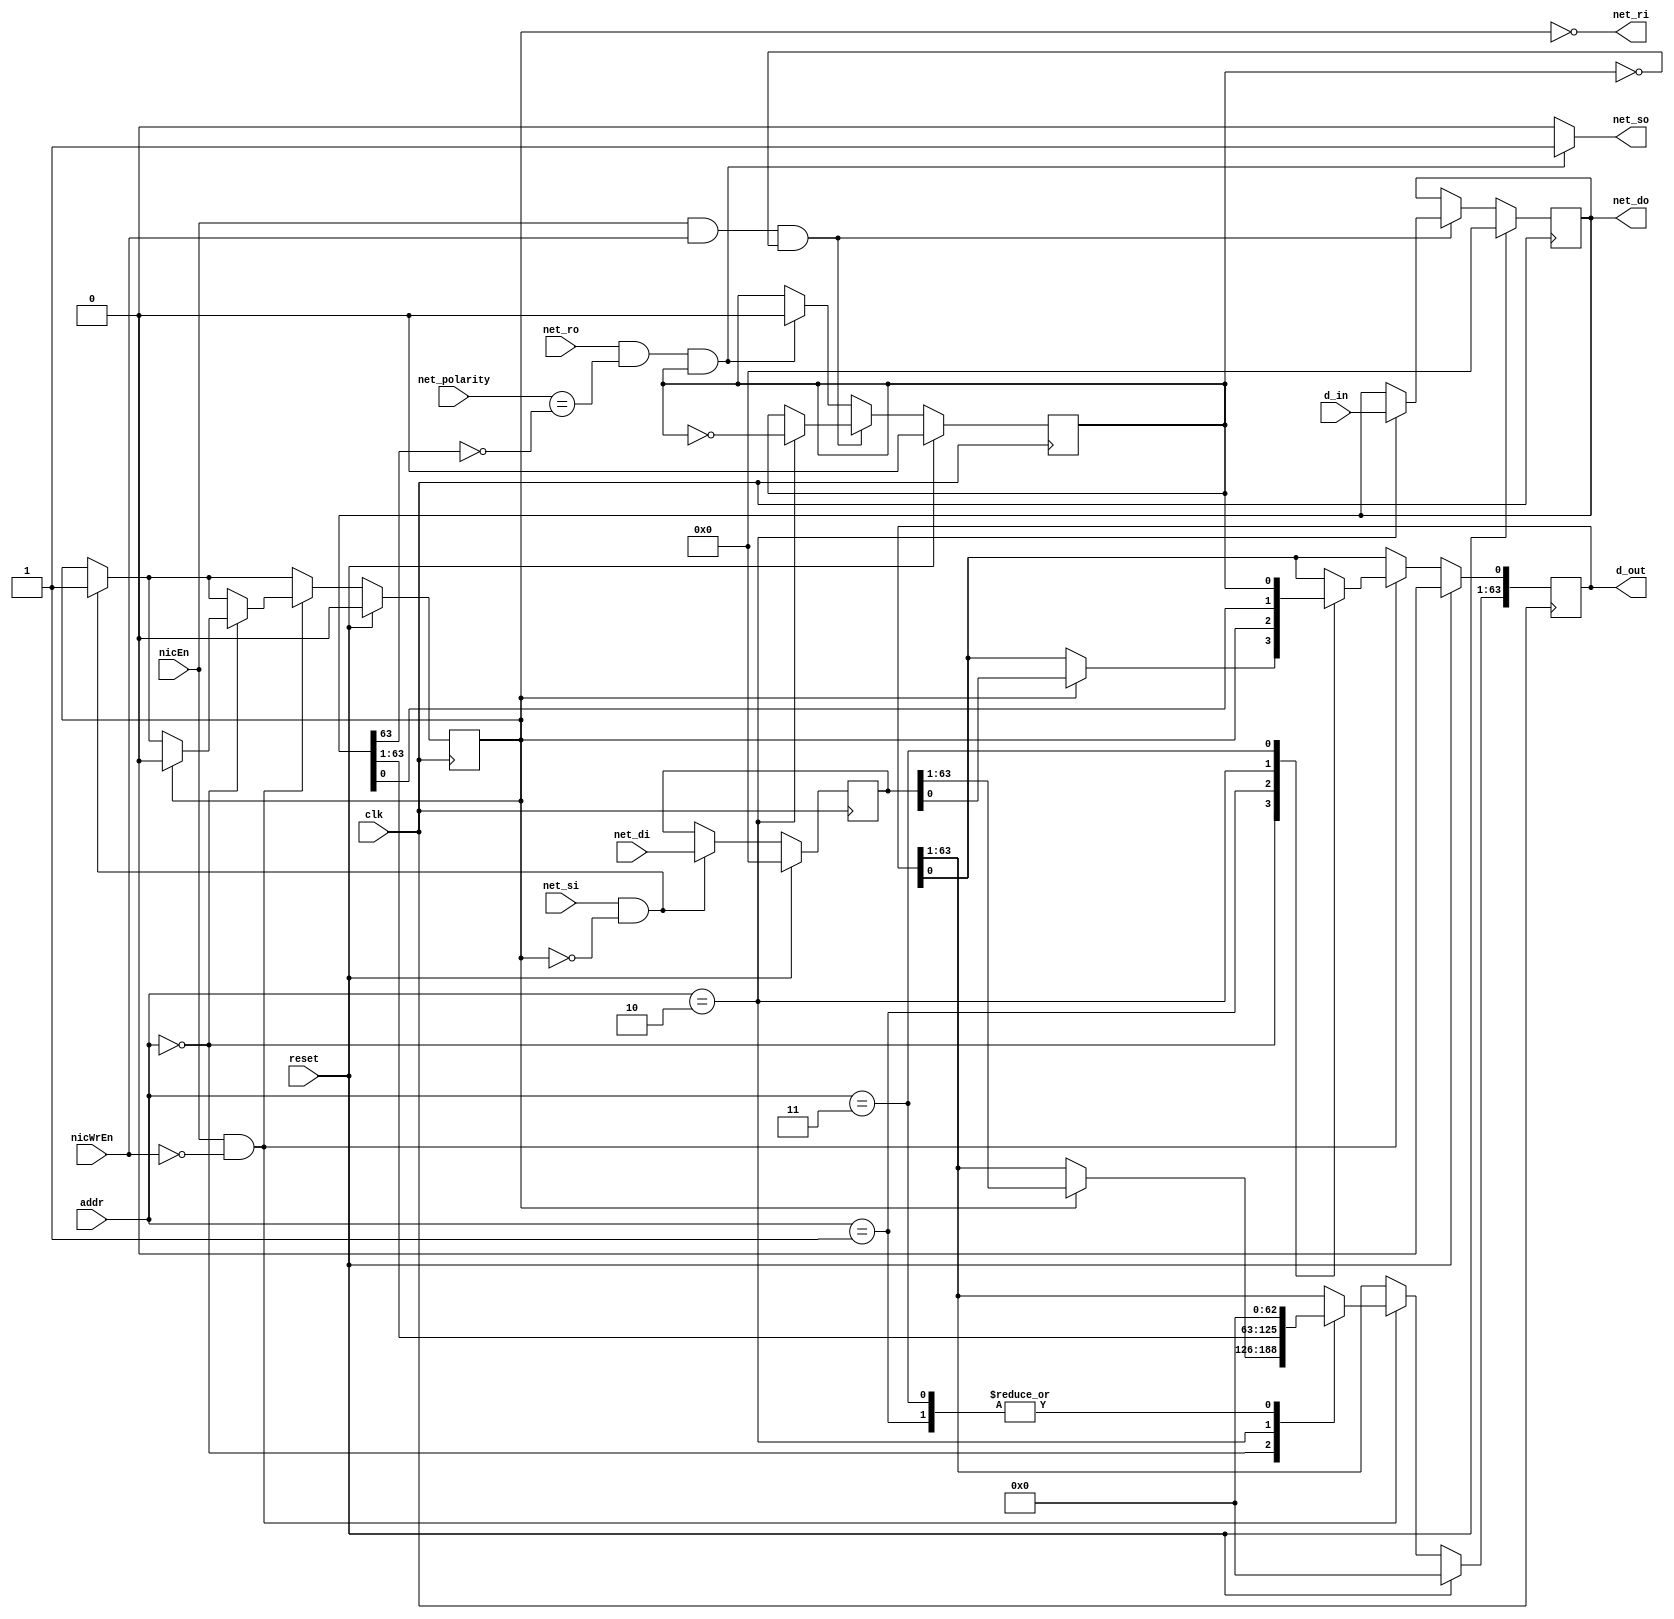
module cardinal_nic (addr, d_in, d_out, nicEn, nicWrEn, net_so, net_ro, net_polarity, net_do, net_si, net_ri, net_di, clk, reset);
    input [0:1] addr; 
    input [0:63] d_in, net_di;
    input nicEn, nicWrEn, net_ro, net_polarity, net_si, clk, reset;
    output [0:63] net_do;
    output reg [0:63] d_out;
    output net_so, net_ri;

    reg [63:0] output_channel_buffer, input_channel_buffer;
    reg output_channel_status_reg, input_channel_status_reg;    //status register track whether the channel buffer is empty or not, 0 when channel_buffer is empty

    assign net_ri = ~ input_channel_status_reg;
    assign net_do = output_channel_buffer;
    //assign d_out = input_channel_buffer;
    assign net_so = (net_ro & (net_polarity == !output_channel_buffer[63]) & output_channel_status_reg)? 1 : 0;
    
    always @(posedge clk)
    begin
        // reset
        if (reset) begin
            output_channel_buffer <= 0;
            input_channel_buffer <= 0;
            output_channel_status_reg <= 0;
            input_channel_status_reg <= 0;
            d_out <= 0;
        end

        else begin
            // handshaking with router
            if (net_si & (!input_channel_status_reg)) begin
                input_channel_buffer <= net_di;
                input_channel_status_reg <= 1;
            end

            if (net_ro & (net_polarity == !output_channel_buffer[63]) & output_channel_status_reg) begin
                output_channel_status_reg <= 0;
            end
            else begin
                output_channel_status_reg <= output_channel_status_reg;
            end


            // load word
            if (nicEn & (!nicWrEn)) begin
                case(addr)
                    2'b00:  //input_channel_buffer
                    begin
                        if (input_channel_status_reg) begin
                            d_out <= input_channel_buffer;
                            input_channel_status_reg <= 0;      // empty input_channel_status_reg after input_channel_buffer is read
                        end
                    end
                    2'b01:  //input_channel_status_reg
                    begin
                        d_out[63] <= input_channel_status_reg;
                        d_out[0:62] <= 0;
                    end
                    2'b10:  //output_channel_buffer
                    begin
                        d_out <= output_channel_buffer;
                    end
                    2'b11:  //output_channel_status_reg
                    begin
                        d_out[63] <= output_channel_status_reg;
                        d_out[0:62] <= 0;
                    end
                endcase
            end

            // store word
            if (nicEn & nicWrEn & (!output_channel_status_reg))
            begin
                if (addr == 2'b10) begin// store word when addr is output_channel_buffer & output_channel_buffer is empty
                    output_channel_buffer <= d_in;
                    output_channel_status_reg <= ~ output_channel_status_reg;
                end
                else begin 
                    output_channel_buffer <= output_channel_buffer;
                    output_channel_status_reg <= output_channel_status_reg;
                end
            end
        end
    end


    // comb block to assign d_out depends on addr
    // always @(*) 
    // begin
    //     if (nicEn & (!nicWrEn)) begin
    //         case(addr)
    //             2'b00:  //input_channel_buffer
    //             begin
    //                 if (input_channel_status_reg) begin
    //                     d_out <= input_channel_buffer;
    //                 end
    //             end
    //             2'b01:  //input_channel_status_reg
    //             begin
    //                 d_out[63] <= input_channel_status_reg;
    //                 d_out[0:62] <= 0;
    //             end
    //             2'b10:  //output_channel_buffer
    //             begin
    //                 d_out <= output_channel_buffer;
    //             end
    //             2'b11:  //output_channel_status_reg
    //             begin
    //                 d_out[63] <= output_channel_status_reg;
    //                 d_out[0:62] <= 0;
    //             end
    //         endcase
    //     end

    //     else d_out = input_channel_buffer;
    // end
endmodule